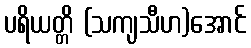
ပရိယတ္တိ (သကျသီဟ)အောင်